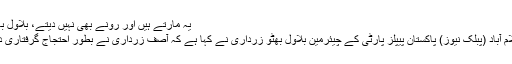
یہ مارتے ہیں اور رونے بھی نہیں دیتے، بلاول بھٹو
اسلام آباد (پبلک نیوز) پاکستان پیپلز پارٹی کے چیئرمین بلاول بھٹو زرداری نے کہا ہے کہ آصف زرداری نے بطور احتجاج گرفتاری دی۔